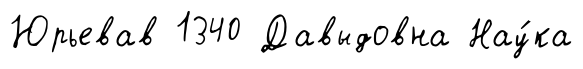
Юрьевав 1340 Давыдовна Нау́ка